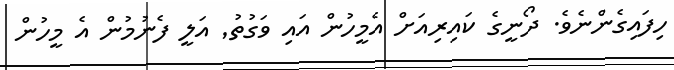
ހިފައިގެންނެވެ. ދޯނީގެ ކައިރިއަށް އެމީހުން އައި ވަގުތު